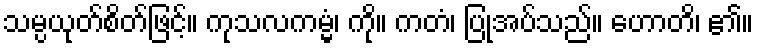
သမ္ပယုတ်စိတ်ဖြင့်။ ကုသလကမ္မံ၊ ကို။ ကတံ၊ ပြုအပ်သည်။ ဟောတိ၊ ၏။